Eesti_Vabariigi_Tartu_Ulikool, lk 30
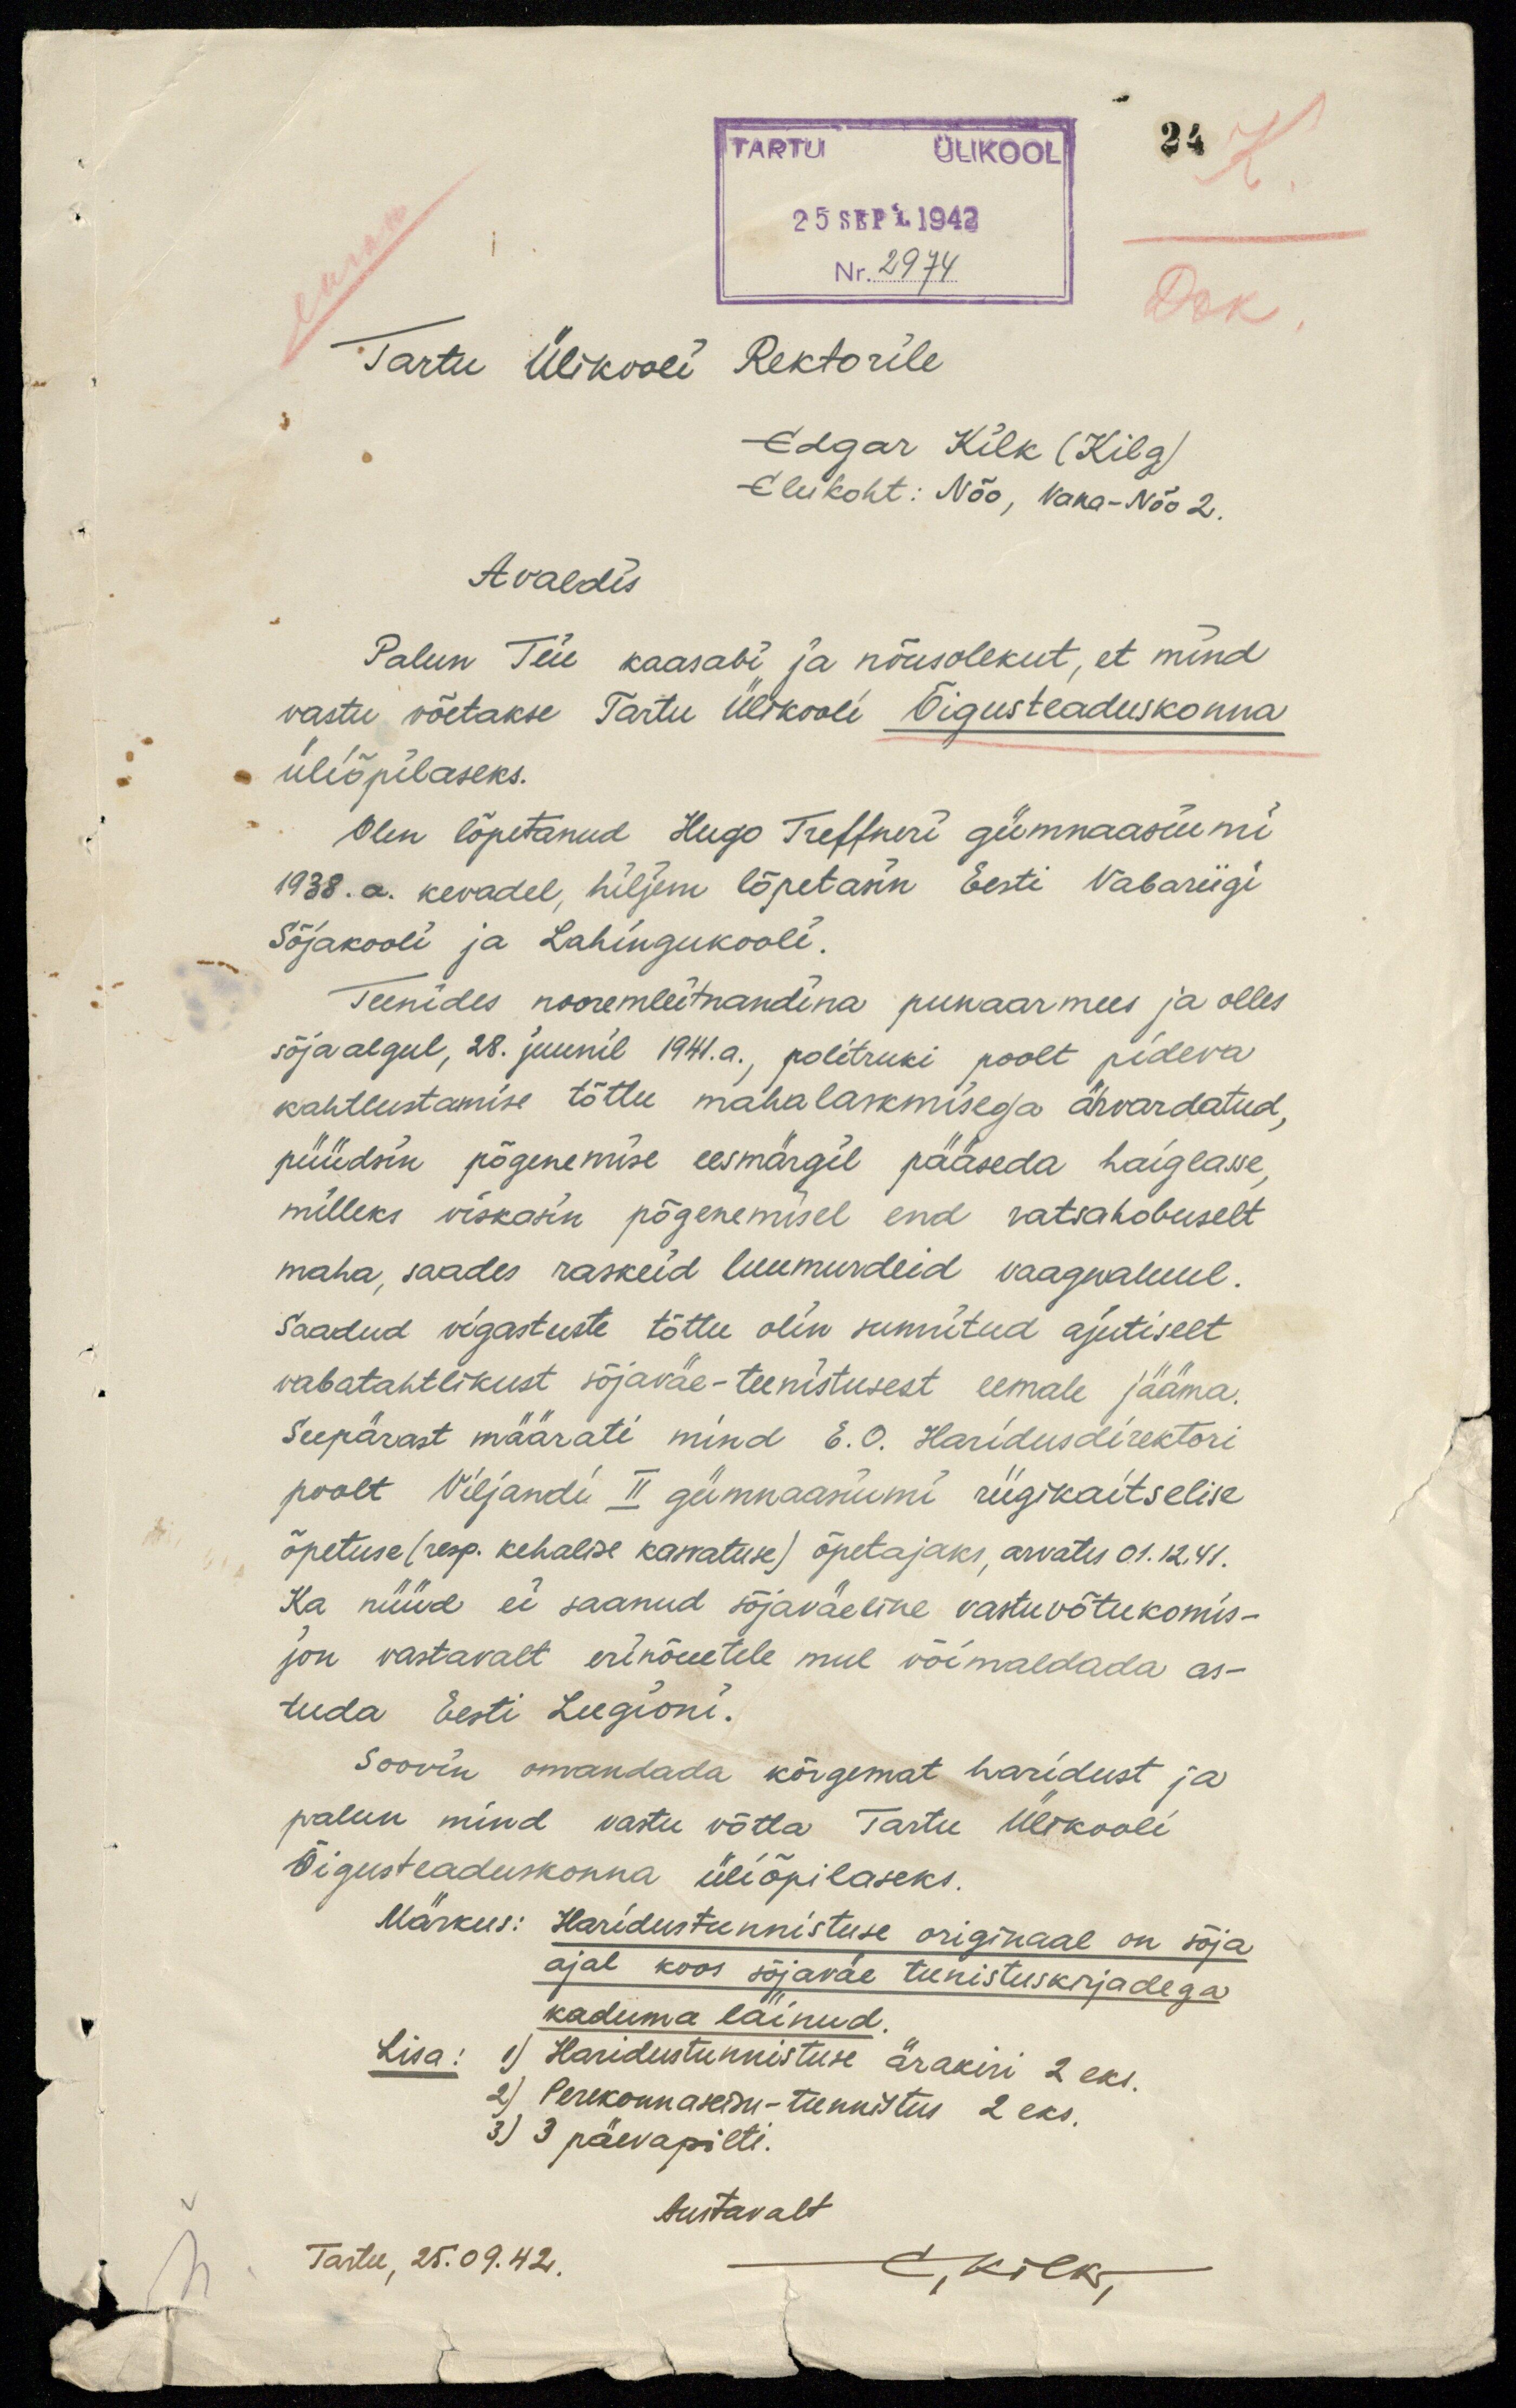
TARTU ÜLIKOOL
24
K.
25 SEPT. 1942
Nr. 2974
Dok
Tartu Ülikooli Rektorile
Edgar Kilk (Kilg)
Elukoht: Nõo, Vana-Nõo 2.
Avaldis
Palun Teie kaasabi ja nõusolekut, et mind
vastu võetakse Tartu Ülikooli Õigusteaduskonna
üliõpilaseks.
Olen lõpetanud Hugo Treffneri gümnaasiumi
1938. a. kevadel, hiljem lõpetasin Eesti Vabariigi
Sõjakooli ja Lahingukooli.
Teenides nooremleitnandina punaarmees ja olles
sõja algul, 28. juunil 1941. a., politruki poolt pideva
kahtlustamise tõttu mahalaskmisega ähvardatud,
püüdsin põgenemise eesmärgil pääseda haiglasse,
milleks viskasin põgenemisel end ratsahobuselt
maha, saades raskeid luumurdeid vaagnaluul.
Saadud vigastuste tõttu olin sunnitud ajutiselt
vabatahtlikust sõjaväe-teenistusest eemale jääma.
Seepärast määrati mind E. O. Haridusdirektori
poolt Viljandi II gümnaanumi riigikaitselise
õpetuse (resp. kehalise kasvatuse) õpetajaks, arvates 01.12.41.
Ka nüüd ei saanud sõjaväeline vastuvõtukomis-
jon vastavalt erinõuetele mul võimaldada as-
tuda Eesti Leegioni.
Soovin omandada kõrgemat haridust ja
palun mind vastu võtta Tartu Ülikooli
Õigusteaduskonna üliõpilaseks.
Märkus: Haridustunnistuse originaal on sõja
ajal koos sõjaväe teenistuskirjadega
kaduma läinud.
Lisa: 1) Haridustunnistuse ärakiri 2 eks.
2) Perekonnaseisu-tunnistus 2 eks.
3) 3 päevapilti.
Austavalt
Tartu, 25.09.42.
E, Kilk,